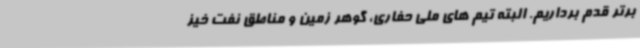
برتر قدم برداریم. البته تیم های ملی حفاری، گوهر زمین و مناطق نفت خیز